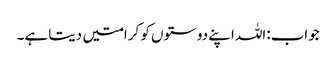
جواب:اللہ اپنے دوستوں کو کرامتیں دیتا ہے۔